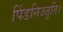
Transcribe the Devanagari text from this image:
पिंडनिज्जुति।